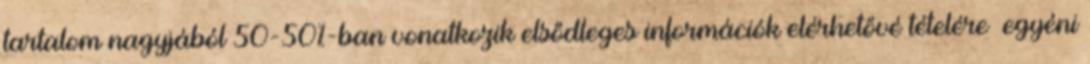
tartalom nagyjából 50-50%-ban vonatkozik elsődleges információk elérhetővé tételére egyéni